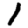
Digit: 1